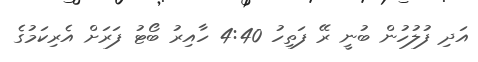
އަދި ފުލުހުން ބުނީ ރޭ ފަތިހު 4:40 ހާއިރު ބޯޓު ފަރަށް އެރިކަމުގެ